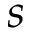
s